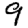
Digit: 9